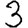
Digit: 3